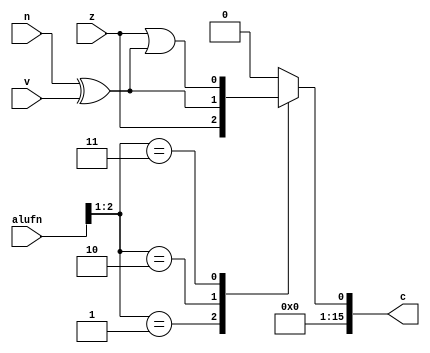
module cmp_39 (
    input [5:0] alufn,
    input z,
    input v,
    input n,
    output reg [15:0] c
  );
  
  
  
  always @* begin
    c = 16'h0000;
    
    case (alufn[1+1-:2])
      2'h1: begin
        c[0+0-:1] = z;
      end
      2'h2: begin
        c[0+0-:1] = n ^ v;
      end
      2'h3: begin
        c[0+0-:1] = z | (n ^ v);
      end
    endcase
  end
endmodule